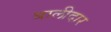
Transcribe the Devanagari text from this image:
बालीदार